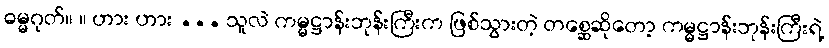
ဓမ္မဂုတ်။ ။ ဟား ဟား ... သူလဲ ကမ္မဋ္ဌာန်းဘုန်းကြီးက ဖြစ်သွားတဲ့ တစ္ဆေဆိုတော့ ကမ္မဋ္ဌာန်းဘုန်းကြီးရဲ့